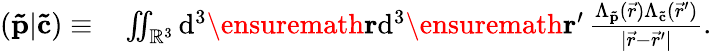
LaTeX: \begin{array}{rl}{(\mathbf{\tilde{p}}|\mathbf{\tilde{c}})\equiv}&{\, \iint_{\mathbb{R}^{3}}\mathrm{d}^{3}\ensuremath\mathbf{r}\mathrm{d}^{3}\ensuremath\mathbf{r}^{\prime}\, \frac{\Lambda_{\mathbf{\tilde{p}}}(\vec{r})\Lambda_{\mathbf{\tilde{c}}}(\vec{r}^{\prime})}{\vert\vec{r}-\vec{r}^{\prime}\vert}.}\end{array}